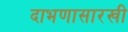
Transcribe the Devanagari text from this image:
दाभणासारखी